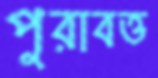
পুরাবত্ত